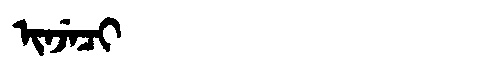
Manchu: ᡳᠨᠵᡝᠴᡳ
Romanization: INJECI